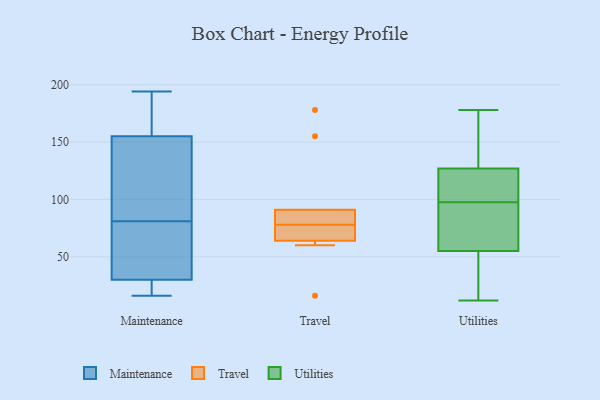
{"axis": {"x": "Shipments", "y": "Value"}, "legend": ["Maintenance", "Travel", "Utilities"], "data": [{"x": "", "y": 148, "type": "Maintenance"}, {"x": "", "y": 149, "type": "Maintenance"}, {"x": "", "y": 187, "type": "Maintenance"}, {"x": "", "y": 50, "type": "Maintenance"}, {"x": "", "y": 59, "type": "Maintenance"}, {"x": "", "y": 178, "type": "Maintenance"}, {"x": "", "y": 103, "type": "Maintenance"}, {"x": "", "y": 17, "type": "Maintenance"}, {"x": "", "y": 155, "type": "Maintenance"}, {"x": "", "y": 194, "type": "Maintenance"}, {"x": "", "y": 30, "type": "Maintenance"}, {"x": "", "y": 46, "type": "Maintenance"}, {"x": "", "y": 28, "type": "Maintenance"}, {"x": "", "y": 16, "type": "Maintenance"}, {"x": "", "y": 16, "type": "Travel"}, {"x": "", "y": 76, "type": "Travel"}, {"x": "", "y": 81, "type": "Travel"}, {"x": "", "y": 64, "type": "Travel"}, {"x": "", "y": 91, "type": "Travel"}, {"x": "", "y": 155, "type": "Travel"}, {"x": "", "y": 178, "type": "Travel"}, {"x": "", "y": 60, "type": "Travel"}, {"x": "", "y": 80, "type": "Travel"}, {"x": "", "y": 70, "type": "Travel"}, {"x": "", "y": 158, "type": "Utilities"}, {"x": "", "y": 167, "type": "Utilities"}, {"x": "", "y": 55, "type": "Utilities"}, {"x": "", "y": 61, "type": "Utilities"}, {"x": "", "y": 48, "type": "Utilities"}, {"x": "", "y": 107, "type": "Utilities"}, {"x": "", "y": 96, "type": "Utilities"}, {"x": "", "y": 106, "type": "Utilities"}, {"x": "", "y": 47, "type": "Utilities"}, {"x": "", "y": 102, "type": "Utilities"}, {"x": "", "y": 99, "type": "Utilities"}, {"x": "", "y": 92, "type": "Utilities"}, {"x": "", "y": 133, "type": "Utilities"}, {"x": "", "y": 127, "type": "Utilities"}, {"x": "", "y": 52, "type": "Utilities"}, {"x": "", "y": 12, "type": "Utilities"}, {"x": "", "y": 59, "type": "Utilities"}, {"x": "", "y": 178, "type": "Utilities"}]}